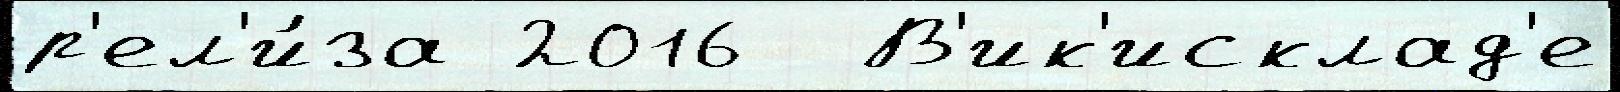
р'ел'и́за 2016  В'ик'исклад'е